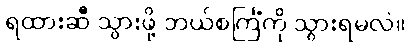
ရထားဆီ သွားဖို့ ဘယ်စင်္ကြံကို သွားရမလဲ။